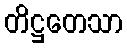
တိဋ္ဌတေသာ